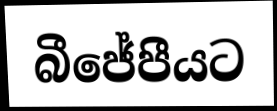
බීජේපීයට